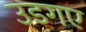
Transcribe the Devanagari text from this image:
उडगए